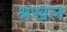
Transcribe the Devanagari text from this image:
श्रंखल